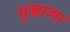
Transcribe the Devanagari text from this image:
पुन्नागा